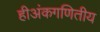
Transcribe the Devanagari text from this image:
हीअंकगणितीय